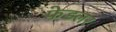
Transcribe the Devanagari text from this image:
फेडलर